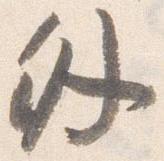
外